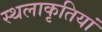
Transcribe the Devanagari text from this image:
स्थलाकृतियां